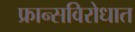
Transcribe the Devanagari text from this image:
फ्रान्सविरोधात